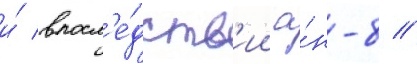
и́ впосл'е́дств'ии а́н-8 //